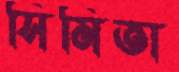
সিমিতা